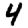
Digit: 4